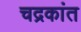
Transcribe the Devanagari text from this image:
चद्रकांत